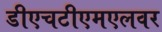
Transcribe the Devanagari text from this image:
डीएचटीएमएलवर